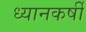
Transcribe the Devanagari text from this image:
ध्यानकर्षी